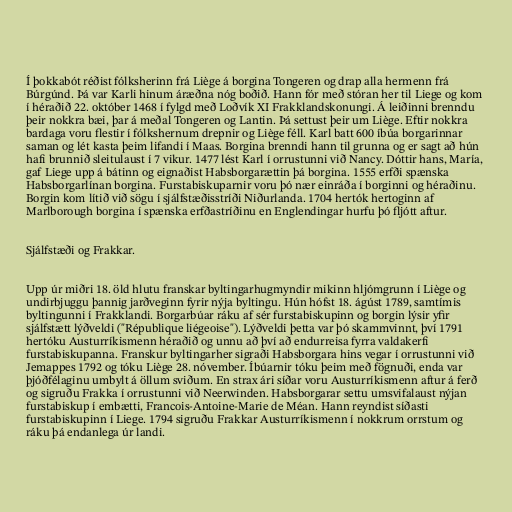
Í þokkabót réðist fólksherinn frá Liège á borgina Tongeren og drap alla hermenn frá
Búrgúnd. Þá var Karli hinum áræðna nóg boðið. Hann fór með stóran her til Liege og kom
í héraðið 22. október 1468 í fylgd með Loðvík XI Frakklandskonungi. Á leiðinni brenndu
þeir nokkra bæi, þar á meðal Tongeren og Lantin. Þá settust þeir um Liège. Eftir nokkra
bardaga voru flestir í fólkshernum drepnir og Liège féll. Karl batt 600 íbúa borgarinnar
saman og lét kasta þeim lifandi í Maas. Borgina brenndi hann til grunna og er sagt að hún
hafi brunnið sleitulaust í 7 vikur. 1477 lést Karl í orrustunni við Nancy. Dóttir hans, María,
gaf Liege upp á bátinn og eignaðist Habsborgarættin þá borgina. 1555 erfði spænska
Habsborgarlínan borgina. Furstabiskuparnir voru þó nær einráða í borginni og héraðinu.
Borgin kom lítið við sögu í sjálfstæðisstríði Niðurlanda. 1704 hertók hertoginn af
Marlborough borgina í spænska erfðastríðinu en Englendingar hurfu þó fljótt aftur.

Sjálfstæði og Frakkar.

Upp úr miðri 18. öld hlutu franskar byltingarhugmyndir mikinn hljómgrunn í Liège og
undirbjuggu þannig jarðveginn fyrir nýja byltingu. Hún hófst 18. ágúst 1789, samtímis
byltingunni í Frakklandi. Borgarbúar ráku af sér furstabiskupinn og borgin lýsir yfir
sjálfstætt lýðveldi ("République liégeoise"). Lýðveldi þetta var þó skammvinnt, því 1791
hertóku Austurríkismenn héraðið og unnu að því að endurreisa fyrra valdakerfi
furstabiskupanna. Franskur byltingarher sigraði Habsborgara hins vegar í orrustunni við
Jemappes 1792 og tóku Liège 28. nóvember. Íbúarnir tóku þeim með fögnuði, enda var
þjóðfélaginu umbylt á öllum sviðum. En strax ári síðar voru Austurríkismenn aftur á ferð
og sigruðu Frakka í orrustunni við Neerwinden. Habsborgarar settu umsvifalaust nýjan
furstabiskup í embætti, Francois-Antoine-Marie de Méan. Hann reyndist síðasti
furstabiskupinn í Liege. 1794 sigruðu Frakkar Austurríkismenn í nokkrum orrstum og
ráku þá endanlega úr landi.